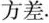
方差。